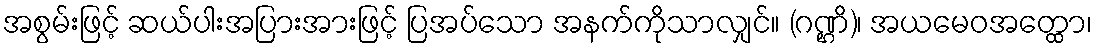
အစွမ်းဖြင့် ဆယ်ပါးအပြားအားဖြင့် ပြအပ်သော အနက်ကိုသာလျှင်။ (ဂဏ္ဌိ)၊ အယမေဝအတ္ထော၊